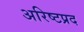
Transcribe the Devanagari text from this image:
अरिष्टप्रद